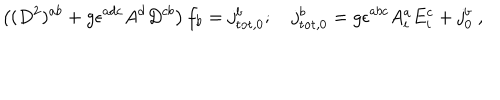
\left( ( D ^ { 2 } ) ^ { a b } + g \epsilon ^ { a d c } A ^ { d } D ^ { c b } \right) f _ { b } = j _ { \mathrm { t o t } , 0 } ^ { b } ; ~ j _ { \mathrm { t o t } , 0 } ^ { b } = g \epsilon ^ { a b c } A _ { i } ^ { a } E _ { i } ^ { c } + j _ { 0 } ^ { b } ~ ,